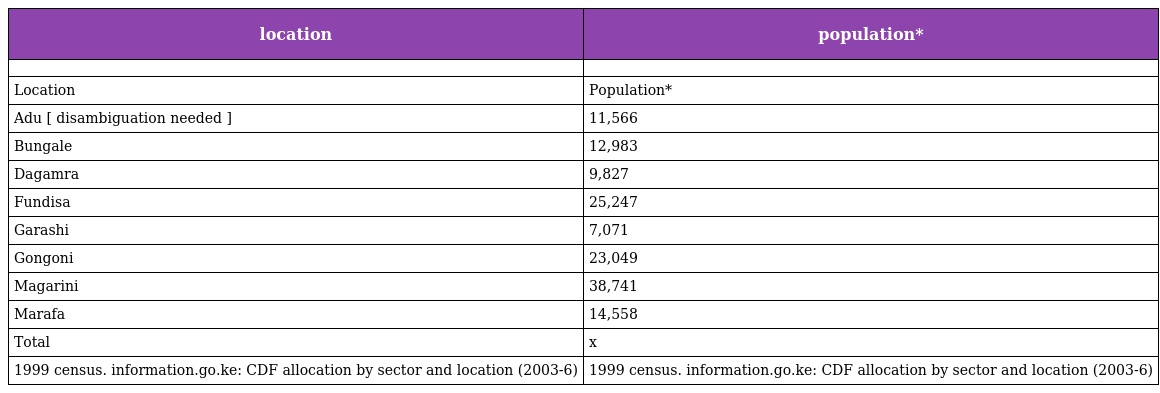
| location | population* |
 | --- | --- |
 |  |  |
 | Location | Population* |
 | Adu [ disambiguation needed ] | 11,566 |
 | Bungale | 12,983 |
 | Dagamra | 9,827 |
 | Fundisa | 25,247 |
 | Garashi | 7,071 |
 | Gongoni | 23,049 |
 | Magarini | 38,741 |
 | Marafa | 14,558 |
 | Total | x |
 | 1999 census. information.go.ke: CDF allocation by sector and location (2003-6) | 1999 census. information.go.ke: CDF allocation by sector and location (2003-6) |